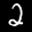
Digit: 2